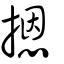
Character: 摁